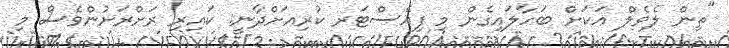
"ތިން ލެވެލް އަކަށް ބަހާލައިގެން މި ފިއެސްޓަރ ކުރިއަށްދާނީ. ކައިރި ރަށްރަށުންވެސް މި